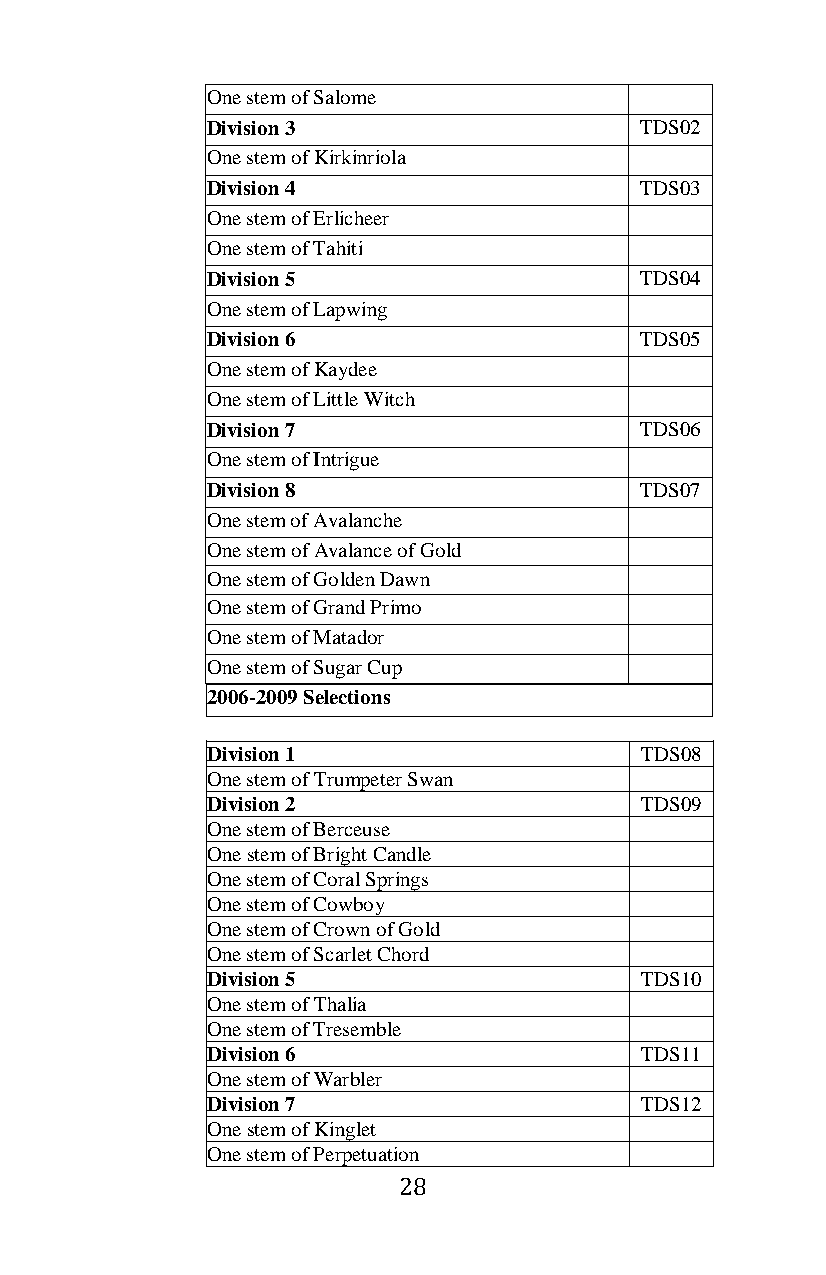
One stem of Salome
 Division 3                  TDS02
 One stem of Kirkinriola
 Division 4                  TDS03
 One stem of Erlicheer
 One stem of Tahiti
 Division 5                  TDS04
 One stem of Lapwing
 Division 6                  TDS05
 One stem of Kaydee
 One stem of Little Witch
 Division 7                  TDS06
 One stem of Intrigue
 Division 8                  TDS07
 One stem of Avalanche
 One stem of Avalance of Gold
 One stem of Golden Dawn
 One stem of Grand Primo
 One stem of Matador
 One stem of Sugar Cup
 2006-2009 Selections
 Division 1                  TDS08
 One stem of Trumpeter Swan
 Division 2                  TDS09
 One stem of Berceuse
 One stem of Bright Candle
 One stem of Coral Springs
 One stem of Cowboy
 One stem of Crown of Gold
 One stem of Scarlet Chord
 Division 5                  TDS10
 One stem of Thalia
 One stem of Tresemble
 Division 6                  TDS11
 One stem of Warbler
 Division 7                  TDS12
 One stem of Kinglet
 One stem of Perpetuation
 28